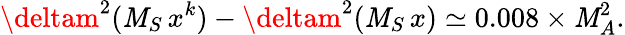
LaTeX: \deltam^{2}(\mathit{M}_{S}\, x^{k})-\deltam^{2}(\mathit{M}_{S}\, x)\simeq0.008\times\mathit{M}_{A}^{2}.